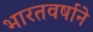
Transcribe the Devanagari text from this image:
भारतवर्षाने